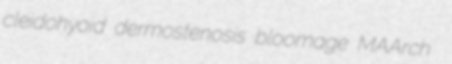
cleidohyoid dermostenosis bloomage MAArch